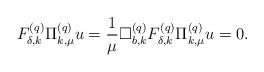
LaTeX: \begin{align*}F^{(q)}_{\delta,k}\Pi^{(q)}_{k,\mu}u=\frac{1}{\mu}\Box^{(q)}_{b,k}F^{(q)}_{\delta,k}\Pi^{(q)}_{k,\mu}u=0. \end{align*}